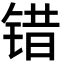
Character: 错